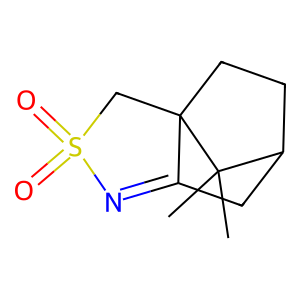
SMILES: CC1(C)C2CCC13CS(=O)(=O)N=C3C2
Inhibits HIV replication: No